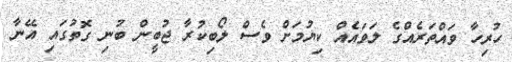
ހުރިހާ ވައްތަރެއްގެ ލަވައެއް ކިޔުމަށް ވެސް ލޯބިކުރާ ޖުބީން ބުނި ގޮތުގައި އޭނާ